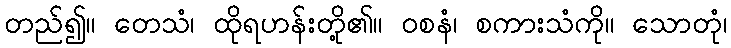
တည်၍။ တေသံ၊ ထိုရဟန်းတို့၏။ ဝစနံ၊ စကားသံကို။ သောတုံ၊